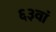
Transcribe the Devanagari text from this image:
६३वां